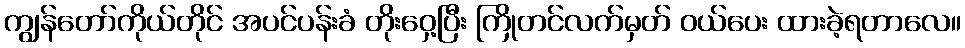
ကျွန်တော်ကိုယ်တိုင် အပင်ပန်းခံ တိုးဝှေ့ပြီး ကြိုတင်လက်မှတ် ဝယ်ပေး ထားခဲ့ရတာလေ။